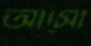
আসো